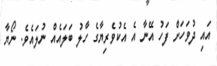
އައި ދުވަހަށް ފަހު އޭނާ އެ އެކުވެރިޔާގެ ހާލު ބަލައެއް ނުލައެވެ. ނޯޔާ